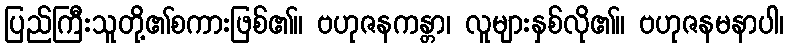
ပြည်ကြီးသူတို့၏စကားဖြစ်၏။ ဗဟုဇနကန္တာ၊ လူများနှစ်လို၏။ ဗဟုဇနမနာပါ၊